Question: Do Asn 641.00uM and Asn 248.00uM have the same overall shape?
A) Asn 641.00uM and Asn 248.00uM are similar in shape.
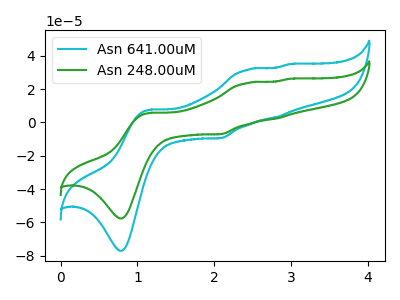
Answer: <think>The cyan curve "Asn 641.00uM" has anodic peaks at (1.15V, 7.60uA) (2.45V, 31.55uA) (2.80V, 3.15uA) (2.95V, 34.85uA) and cathodic peaks at (0.80V, -76.95uA) (2.10V, -9.45uA). The green curve "Asn 248.00uM" has anodic peaks at (1.15V, 5.65uA) (2.45V, 23.60uA) (2.80V, 2.35uA) (2.95V, 26.10uA) and cathodic peaks at (0.80V, -57.60uA) (2.10V, -7.05uA).
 All the peaks in "Asn 641.00uM" have a peak in "Asn 248.00uM" at the same potential. Every peak in "Asn 641.00uM" is higher than every peak in "Asn 248.00uM".</think>
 <answer>A) "Asn 641.00uM" and "Asn 248.00uM" are similar in shape.</answer>
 <eval>A</eval>